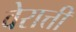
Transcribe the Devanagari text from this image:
वेरात्ती